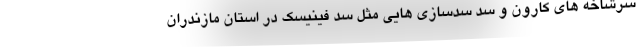
سرشاخه های کارون و سد سدسازی هایی مثل سد فینیسک در استان مازندران